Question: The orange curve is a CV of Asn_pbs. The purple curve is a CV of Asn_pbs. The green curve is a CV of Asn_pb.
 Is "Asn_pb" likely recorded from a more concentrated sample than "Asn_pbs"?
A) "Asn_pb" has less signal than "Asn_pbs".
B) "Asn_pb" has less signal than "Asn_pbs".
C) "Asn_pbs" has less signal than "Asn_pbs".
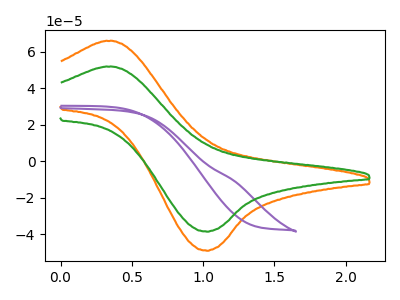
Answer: <think>The orange curve "Asn_pbs" has an anodic peak at (0.35V, 65.80uA) and a cathodic peak at (1.00V, -48.90uA). The purple curve "Asn_pbs" has no peaks. The green curve "Asn_pb" has an anodic peak at (0.35V, 51.75uA) and a cathodic peak at (1.00V, -38.45uA).
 All the peaks in "Asn_pb" have a peak in "Asn_pbs" at the same potential. Every peak in "Asn_pb" is lower than every peak in "Asn_pbs".</think>
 <answer>A) "Asn_pb" has less signal than "Asn_pbs".</answer>
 <eval>A</eval>